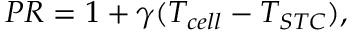
\begin{array} { r } { P R = 1 + \gamma ( T _ { c e l l } - T _ { S T C } ) , } \end{array}